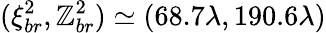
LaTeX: (\xi_{br}^{2},\mathbb{Z}_{br}^{2})\simeq(68.7\lambda,190.6\lambda)